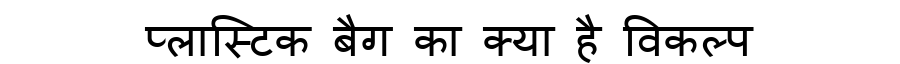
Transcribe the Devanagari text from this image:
प्लास्टिक बैग का क्या है विकल्प